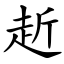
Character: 赾